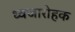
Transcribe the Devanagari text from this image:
ध्वजारोहक